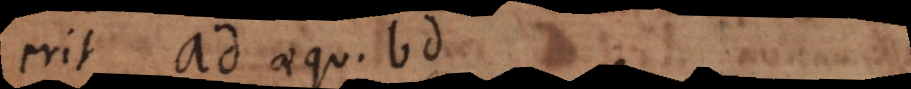
erit ad aequ. bd.